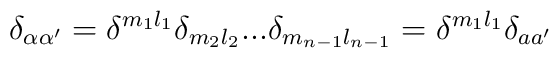
\delta_{\alpha\alpha'} = \delta^{m_1l_1}\delta_{m_2l_2}...\delta_{m_{n-1}l_{n-1}} =  \delta^{m_1l_1}\delta_{aa'}